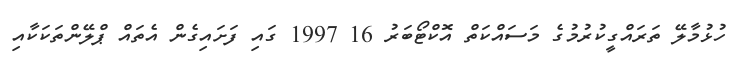
ހުޅުމާލޭ ތަރައްގީކުރުމުގެ މަސައްކަތް އޮކްޓޯބަރު 16 1997 ގައި ފަށައިގެން އެތައް ޕްލޭންތަކަކާއި